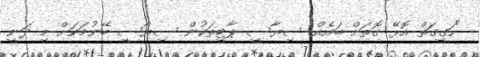
"ހަގީގަތް އޮޅޭ ގޮތަށް ބައެއް ސިޔާސީ ޕާޓީތަކުން ސިޔާސީ ބޭނުމަކަށް މި ދަނީ